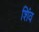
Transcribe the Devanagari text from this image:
शिंव